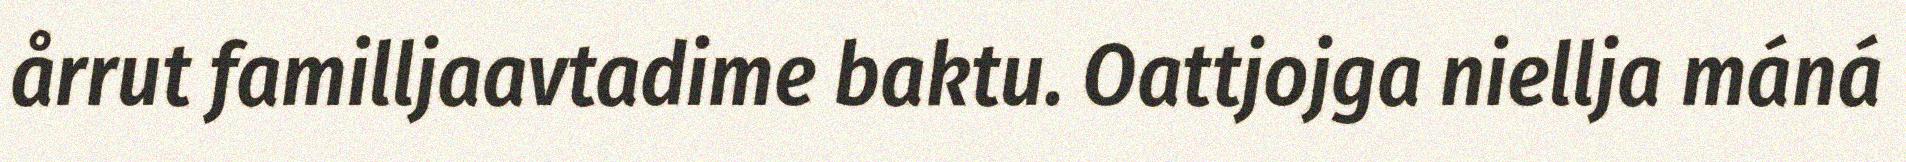
årrut familljaavtadime baktu. Oattjojga niellja máná